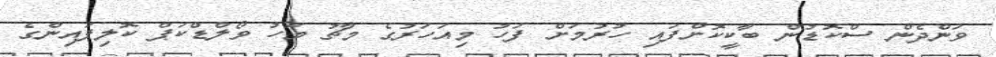
ވަންދެން ސްކޮޑުން ބާކީކޮށްފައި ހުރުމަށް ފަހު މިއަހަރުގެ މާޗު މަހު ވޯލްޑްކަޕް ކޮލިފައިންގެ